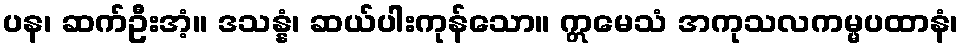
ပန၊ ဆက်ဦးအံ့။ ဒသန္နံ၊ ဆယ်ပါးကုန်သော။ ဣမေသံ အကုသလကမ္မပထာနံ၊